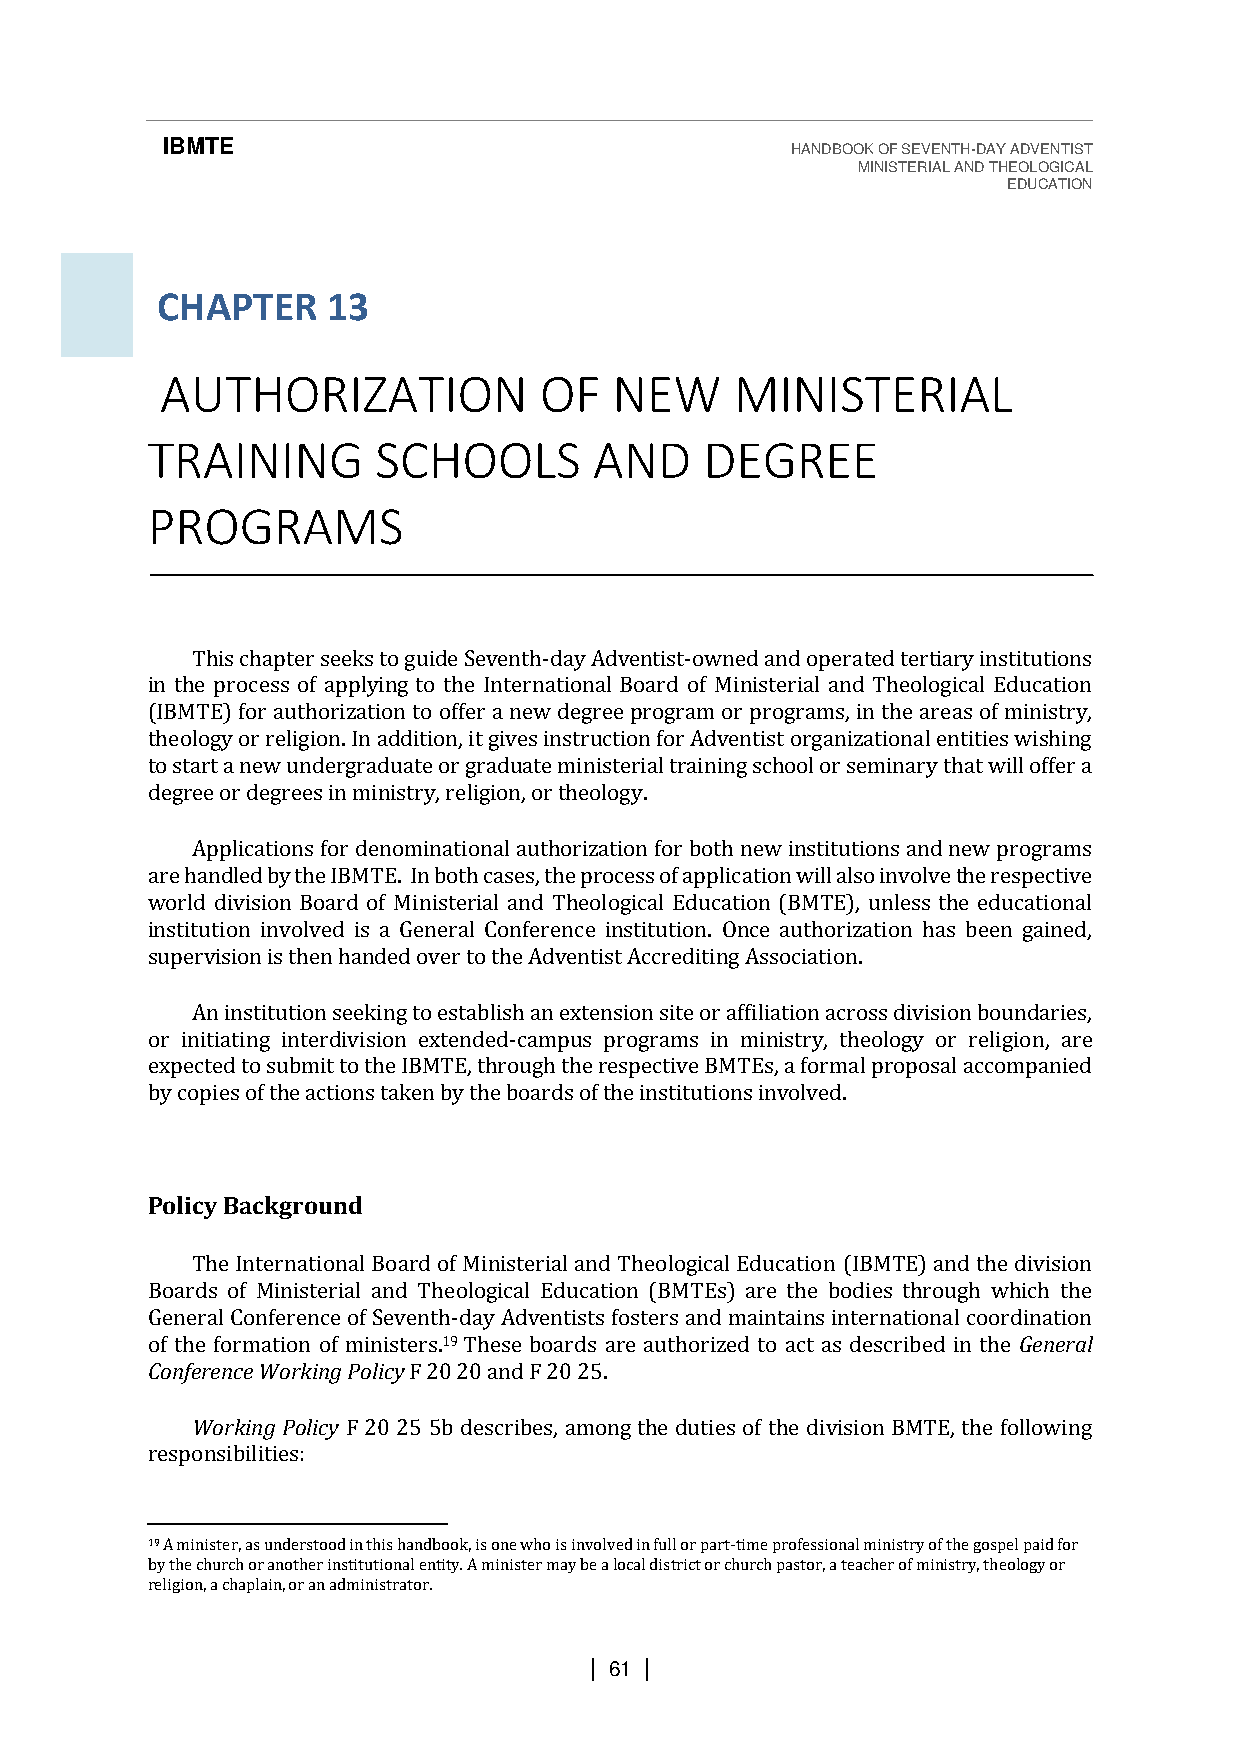
IBMTE                                    HANDBOOK OF SEVENTH-DAY ADVENTIST
 MINISTERIAL AND THEOLOGICAL
 EDUCATION
 CHAPTER     13
 AUTHORIZATION            OF   NEW     MINISTERIAL
 TRAINING       SCHOOLS       AND     DEGREE
 PROGRAMS
 This chapter seeks to guide Seventh-day Adventist-owned and operated tertiary institutions
 in the process of applying to the International Board of Ministerial and Theological Education
 (IBMTE) for authorization to offer a new degree program or programs, in the areas of ministry,
 theology or religion. In addition, it gives instruction for Adventist organizational entities wishing
 to start a new undergraduate or graduate ministerial training school or seminary that will offer a
 degree or degrees in ministry, religion, or theology.
 Applications for denominational authorization for both new institutions and new programs
 are handled by the IBMTE. In both cases, the process of application will also involve the respective
 world division Board of Ministerial and Theological Education (BMTE), unless the educational
 institution involved is a General Conference institution. Once authorization has been gained,
 supervision is then handed over to the Adventist Accrediting Association.
 An institution seeking to establish an extension site or affiliation across division boundaries,
 or initiating interdivision extended-campus programs in ministry, theology or religion, are
 expected to submit to the IBMTE, through the respective BMTEs, a formal proposal accompanied
 by copies of the actions taken by the boards of the institutions involved.
 Policy Background
 The International Board of Ministerial and Theological Education (IBMTE) and the division
 Boards of Ministerial and Theological Education (BMTEs) are the bodies through which the
 General Conference of Seventh-day Adventists fosters and maintains international coordination
 of the formation of ministers.19 These boards are authorized to act as described in the General
 Conference Working Policy F 20 20 and F 20 25.
 Working Policy F 20 25 5b describes, among the duties of the division BMTE, the following
 responsibilities:
 19 A minister, as understood in this handbook, is one who is involved in full or part-time professional ministry of the gospel paid for
 by the church or another institutional entity. A minister may be a local district or church pastor, a teacher of ministry, theology or
 religion, a chaplain, or an administrator.
 | 61 |